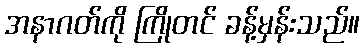
အနာဂတ်ကို ကြိုတင် ခန့်မှန်းသည်။